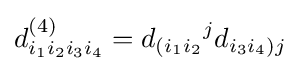
d_{i_{1}i_{2}i_{3}i_{4}}^{(4)}=d_{(i_{1}i_{2}}{}^{j}d_{i_{3}i_{4})j}